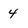
Character: 4